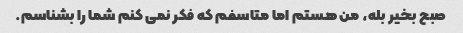
صبح بخیر بله، من هستم اما متاسفم که فکر نمی کنم شما را بشناسم.